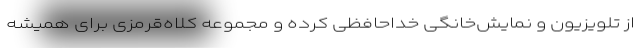
از تلویزیون و نمایش‌خانگی خداحافظی کرده و مجموعه کلاه‌قرمزی برای همیشه